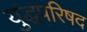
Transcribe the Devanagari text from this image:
युद्धपरिषद